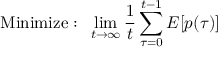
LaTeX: { \mathrm { M i n i m i z e : ~ } } \operatorname* { l i m } _ { t \rightarrow \infty } { \frac { 1 } { t } } \sum _ { \tau = 0 } ^ { t - 1 } E [ p ( \tau ) ]